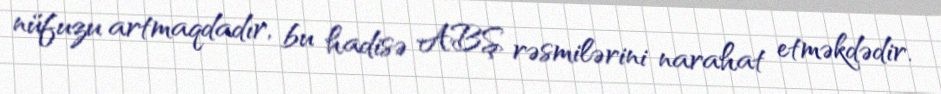
nüfuzu artmaqdadır, bu hadisə ABŞ rəsmilərini narahat etməkdədir.